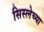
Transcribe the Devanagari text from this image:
सिस्लेच्या